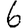
Digit: 6